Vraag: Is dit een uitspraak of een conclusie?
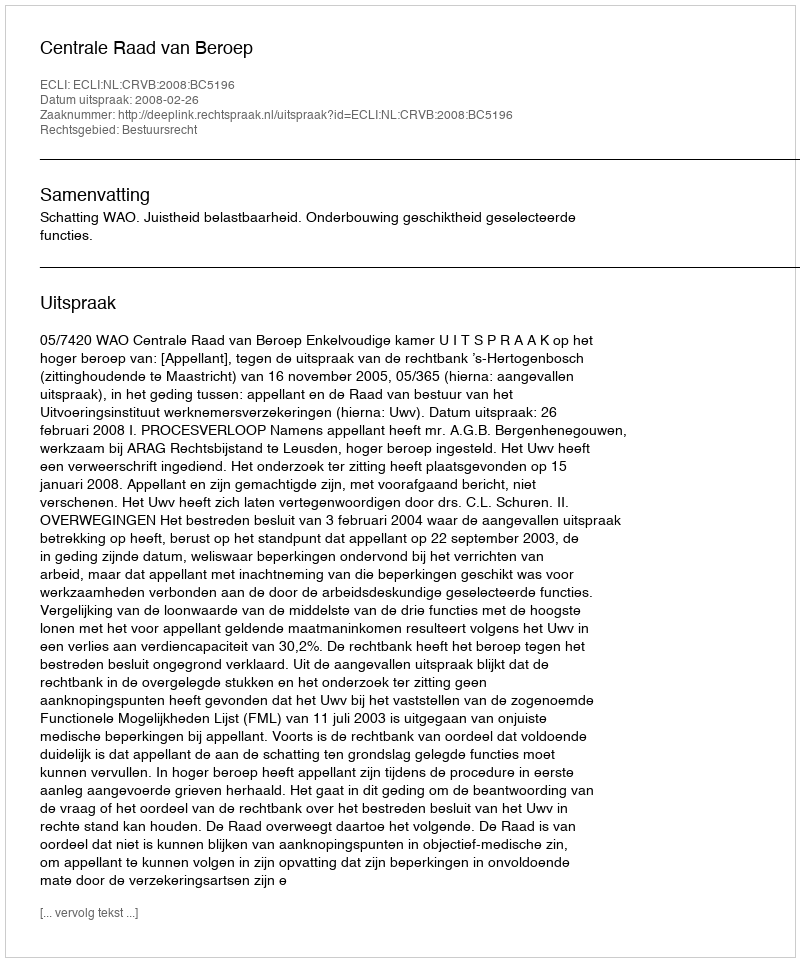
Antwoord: Uitspraak